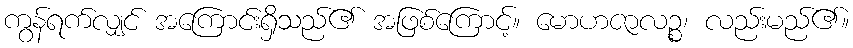
ကွန်ရက်လျှင် အကြောင်းရှိသည်၏ အဖြစ်ကြောင့်။ မောဟဇာလဉ္စ၊ လည်းမည်၏။